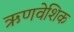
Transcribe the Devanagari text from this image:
ऋणवेशिक